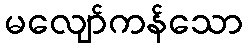
မလျော်ကန်သော